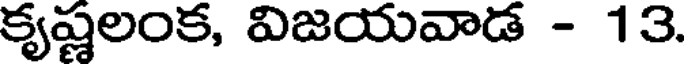
కృష్ణలంక, విజయవాడ - 13.